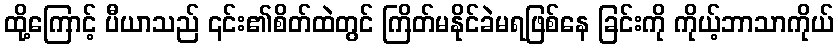
ထို့ကြောင့် ပီယာသည် ၎င်း၏စိတ်ထဲတွင် ကြိတ်မနိုင်ခဲမရဖြစ်နေ ခြင်းကို ကိုယ့်ဘာသာကိုယ်